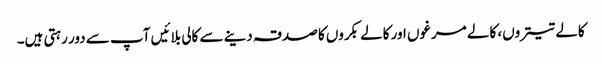
کالے تیتروں، کالے مرغوں اور کالے بکروں کا صدقہ دینے سے کالی بلائیں آپ سے دور رہتی ہیں۔